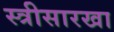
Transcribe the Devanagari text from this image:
स्त्रीसारखा